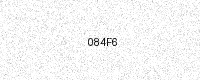
Text: 084F6